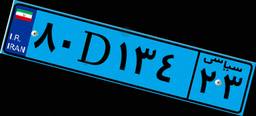
۸۰D۱۳۴۲۳